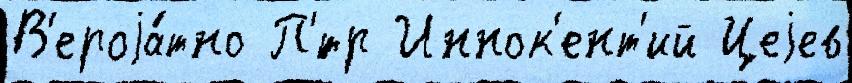
В'ероjа́тно П'́тр Иннок'ент'ий Цеjев